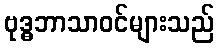
ဗုဒ္ဓဘာသာဝင်များသည်